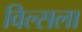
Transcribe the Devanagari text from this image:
विल्सला